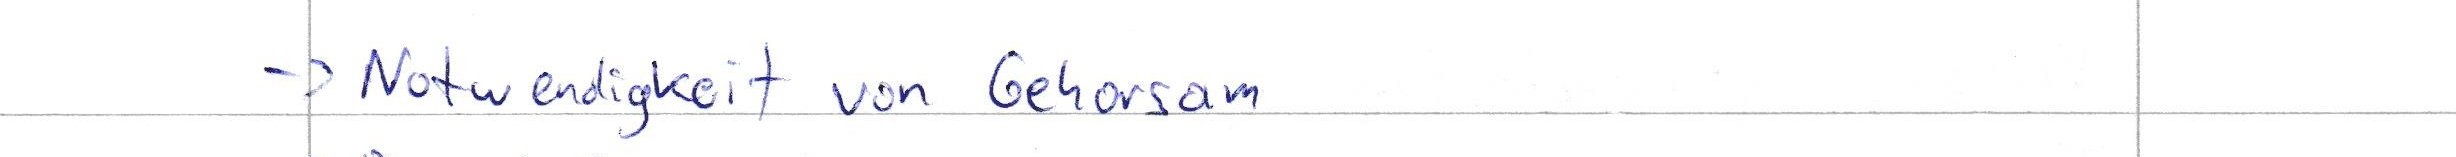
-> Notwendigkeit von Gehorsam